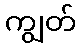
ကျွတ်